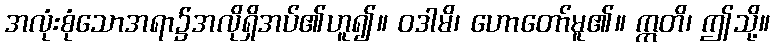
အလုံးစုံသောအရာ၌အလိုရှိအပ်၏ဟူ၍။ ဝဒါမိ၊ ဟောတော်မူ၏။ ဣတိ၊ ဤသို့။